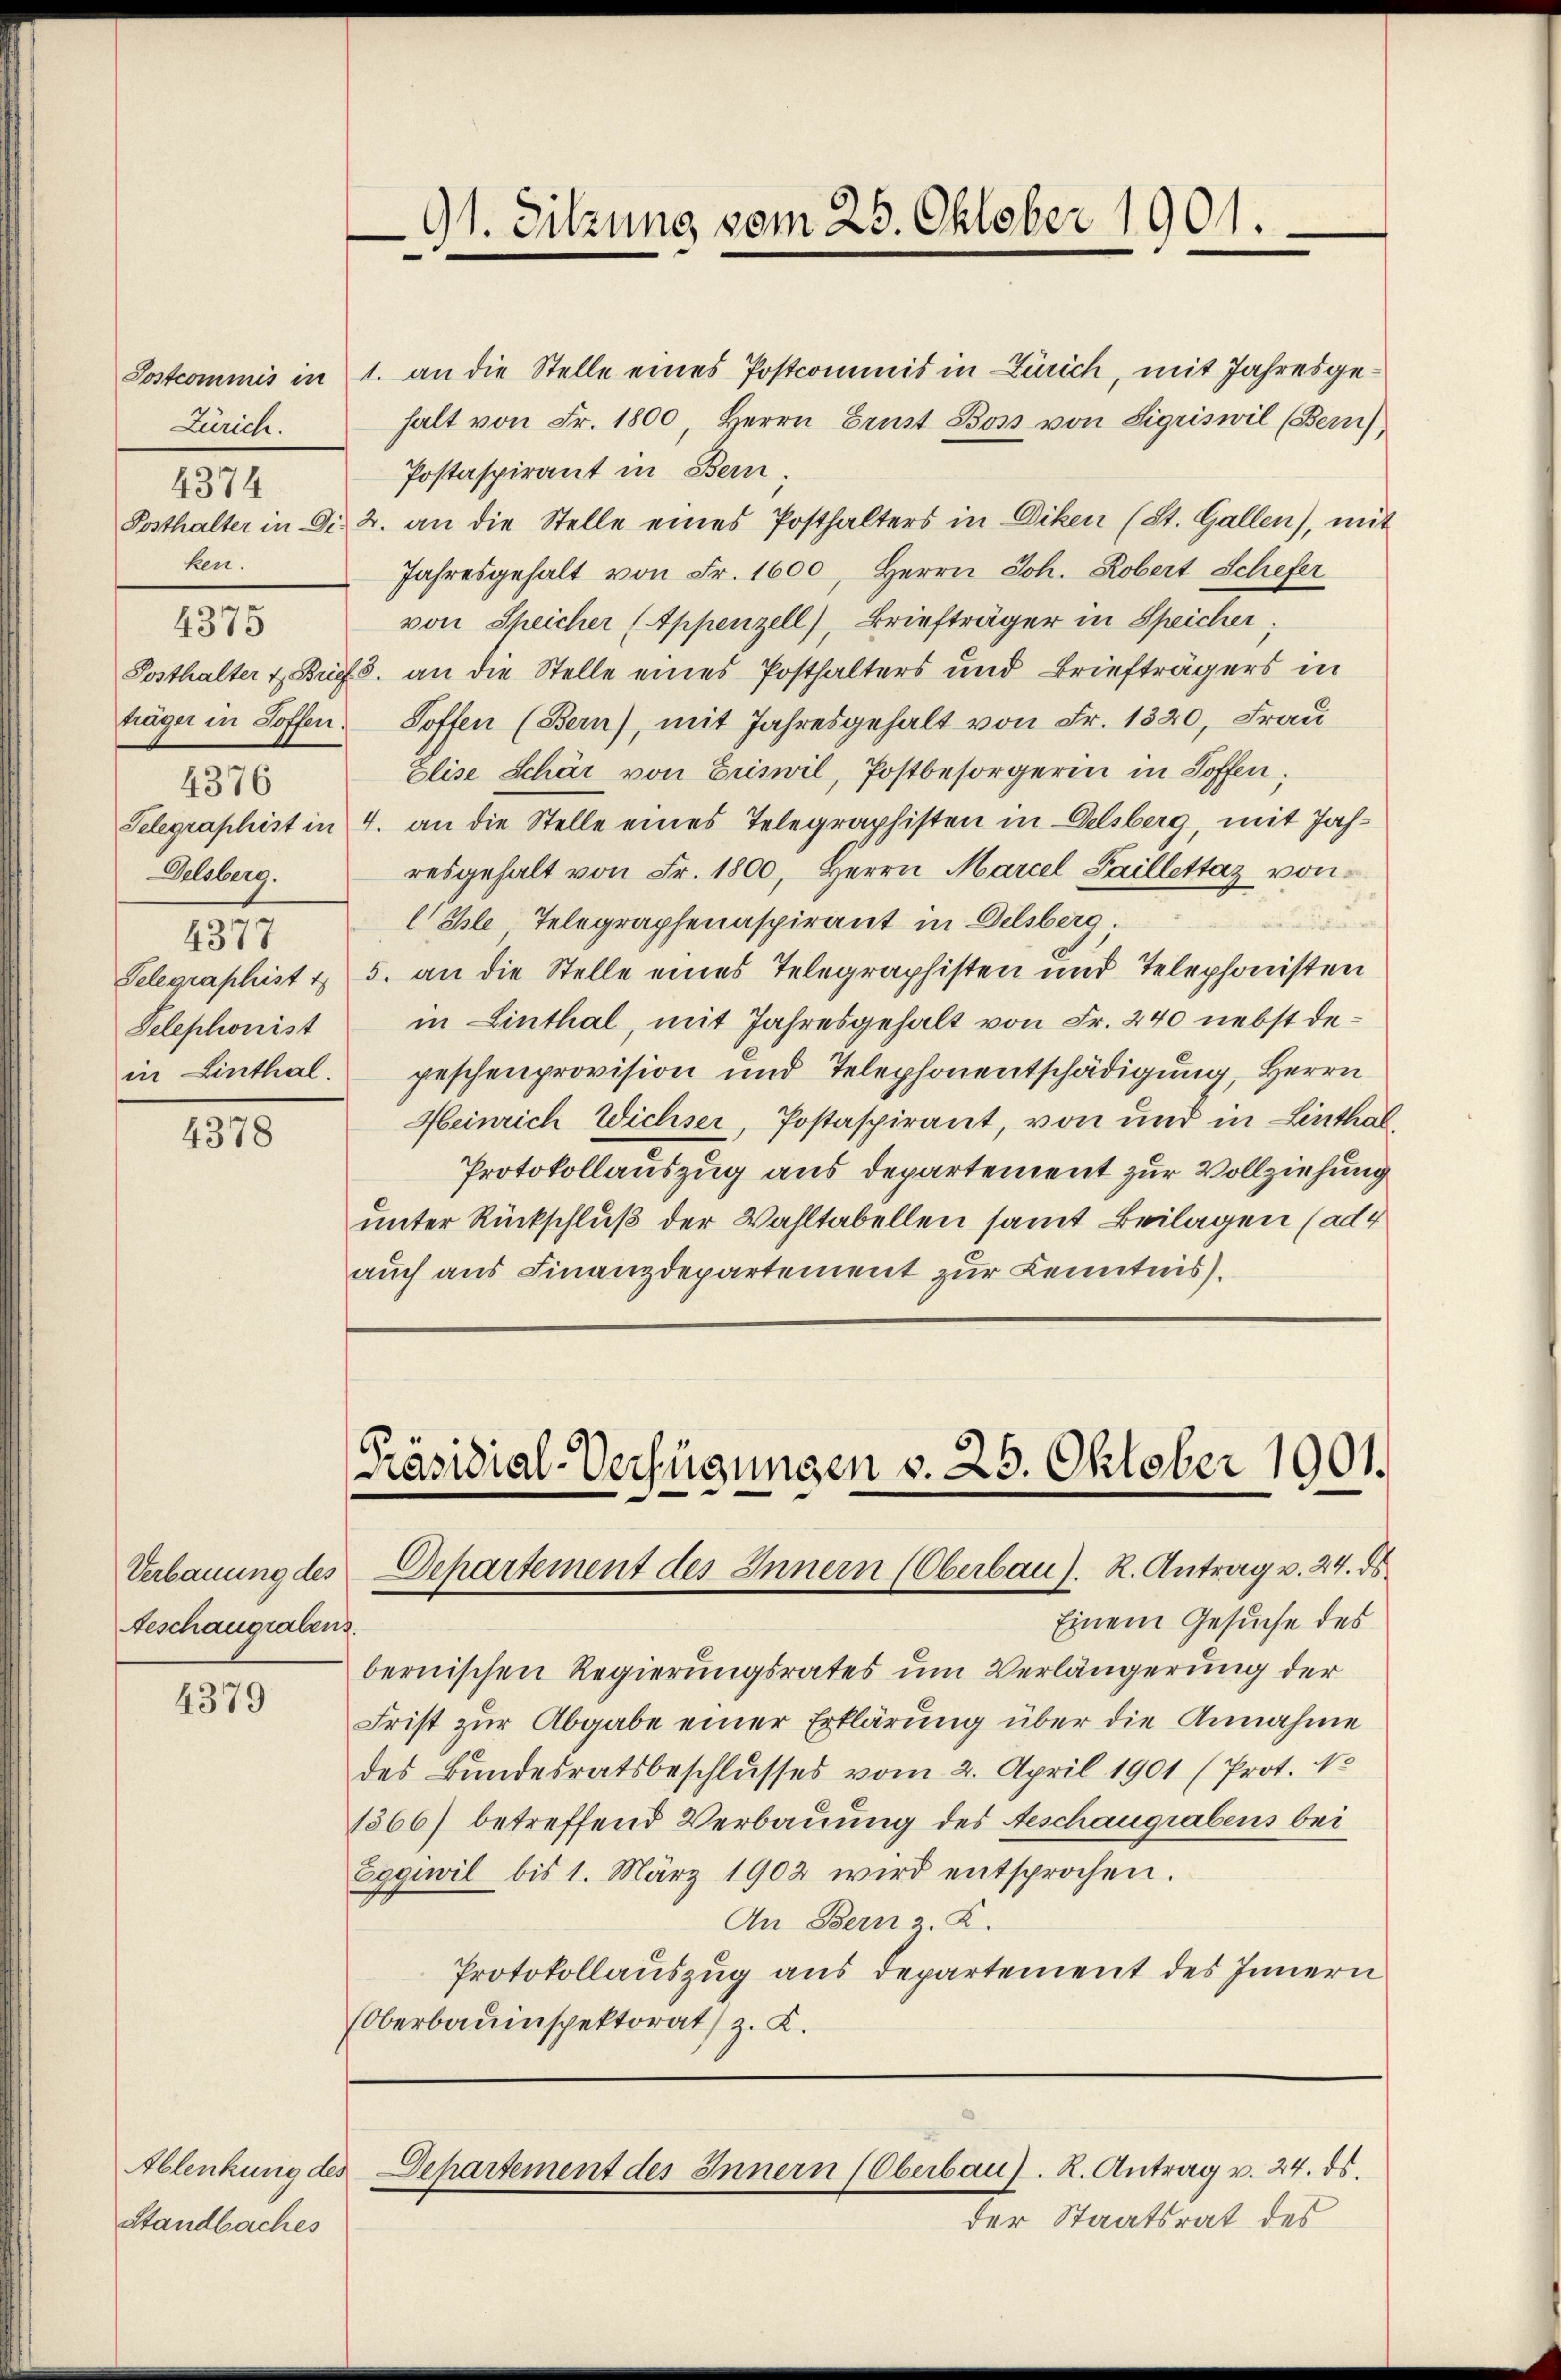
Zürich.
4374
ken.
4375
träger in Soffen.
4376
Telegraphist in
Delsberg.
4377
Telephonist
in Linthal.

4378

Geschaugrabens.

4379

Standbaches

Einem Gesuche des
bernischen Regierungsrates um Verlängerung der
Frist zur Abgabe einer Erklärung über die Annahme
des Bundesratsbeschlusses vom 2. April 1901 (Prot. No
1866) betreffend Verbauung des Geschaugrabens bei
Eggiwil bis 1. März 1902 wird entsprochen.
An Bern K.
Protokollauszug aus departement des Innern
Oberbauinspektorat z. K.

91. Sitzung vom 25. Oktober 1901.

Präsidial-Verfügungen v. 25. Oktober 1901.
Verbauung des Departement des Innern (Oberbau). R. Antrag v. 24. ds.

Postcommis in 1. an die Stelle eines Postcommis in Zürich, mit Jahresgehalt von Fr. 1800, Herrn Ernst Boss von Sigriswil (Bern)
Postaspirant in Bern.
Posthalter in Si. 2. an die Stelle eines Posthalters in Diken (St. Gallen), mit
Jahresgehalt von Fr. 1600, Herrn Joh. Robert Schefer
von Speicher (Appenzell), Briefträger in Speicher,
Posthalter & Brief. an die Stelle eines Posthalters und Briefträgers in
Soffen (Bern), mit Jahresgehalt von Fr. 1320, Frau
Elise Schär von Eriswil, Postbesorgerin in Hoffen,
4. an die Stelle eines Telegraphisten in Delsberg, mit Jahresgehalt von Fr. 1800, Herrn Marcel Saillettaz von
Thle Telegraphenaspirant in Delsberg;
Telegraphist u. 5. an die Stelle eines Telegraphisten und Telephonisten
in Linthal, mit Jahresgehalt von Fr. 240 nebst depeschenprovision und Telephonentschädigung, Herrn
Heinrich Wichser, Postaspirant, von und in Linthal
Protokollauszug aus departement zur Vollziehung
unter Rückschluß der Wahltabellen samt Beilagen (ad 4
auch aus Finanzdepartement zur Kenntnis.

Ablenkung des Departement des Innern (Oberbau). R. Antrag u. 24. ds.
der Staatsrat des